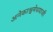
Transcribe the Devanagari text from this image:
अनेकाश्वमेधयाजी